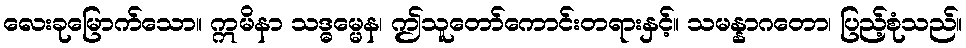
လေးခုမြောက်သော။ ဣမိနာ သဒ္ဓမ္မေန၊ ဤသူတော်ကောင်းတရားနှင့်။ သမန္နာဂတော၊ ပြည့်စုံသည်။